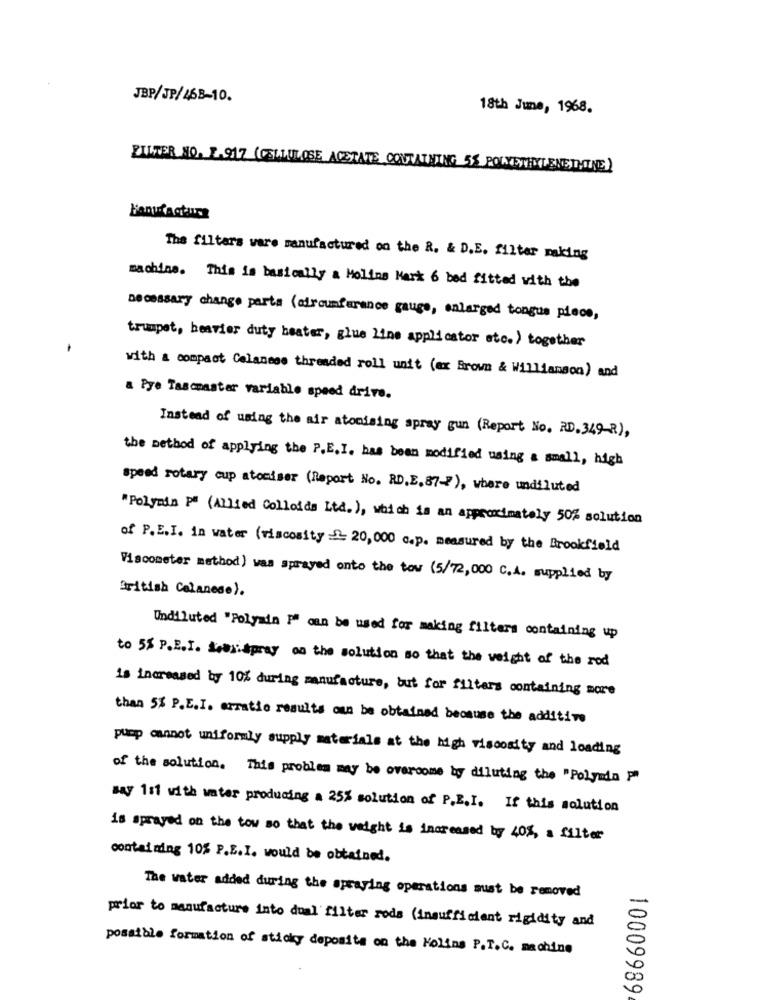
JBP/JP/468-10.
18th June, 1968.
ZITTER NO. 1.917 (CELLULOSE ACETATE CONTATHING 55 POLIETILENEDIE)
The filters vare manufactured on the R. & D.E. filter making
machine. This is basically a Molins Mark 6 bed fitted with the
necessary change parts (circumference gauge, enlarged tongue piece,
trumpet, heavier duty heater, glue line applicator etc.) together
with a compact Celanese threaded roll unit (ax Brown & Williamson) and
a Pye Tascmaster variable speed drive.
Instead of using the air atonising spray gun (Report No. RD.349-R),
the method of applying the P.E.I. has been modified using a small, high
speed rotary cup atomiser (Report No. RD,E.87-7), where undiluted
"Polymin P" (Allied Colloids Ltd. ), which is an approximately 50% solution
of P.E.I. in water (viscosity => 20, 000 c.p. measured by the Brookfield
Viscometer method) was sprayed onto the tow (5/72,000 c.A. supplied by
British Celanese).
Undiluted "Polyain I can be used for making filters containing up
to 5% P.E.I. ScusiSpray as the solution so that the weight of the rod
is increased by 10% during manufacture, but for filters containing more
than 5% P.E.I. erratic results own be obtained beomuse the additive
pump cannot uniformly supply materials at the high viscosity and loading
of the solution. This problem may be overcome by diluting the "Polymia "
say 1st with water producing a 25% solution of P.E.I. If this solution
is sprayed on the tow so that the weight is increased by 40%, a filter
containing 10% P.E.I. would be obtained.
The water added during the spraying operations must be removed
prior to manufacture into dual filter rods (insufficient rigidity and
possible formation of sticky deposits on the Molins P.T.C. machine
10009989